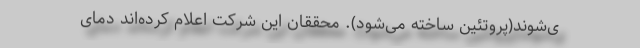
ی‌شوند(پروتئین ساخته می‌شود). محققان این شرکت اعلام کرده‌اند دمای